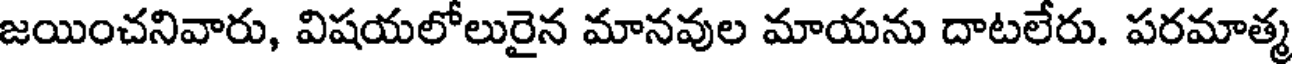
జయించనివారు, విషయలోలురైన మానవుల మాయను దాటలేరు. పరమాత్మ